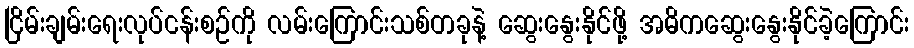
ငြိမ်းချမ်းရေးလုပ်ငန်းစဉ်ကို လမ်းကြောင်းသစ်တခုနဲ့ ဆွေးနွေးနိုင်ဖို့ အဓိကဆွေးနွေးနိုင်ခဲ့ကြောင်း